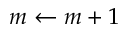
m \leftarrow m + 1